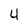
Character: 4